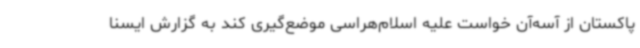
پاکستان از آسه‌آن خواست علیه اسلام‌هراسی موضع‌گیری کند به گزارش ایسنا